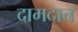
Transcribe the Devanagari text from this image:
दामदात